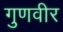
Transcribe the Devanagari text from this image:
गुणवीर